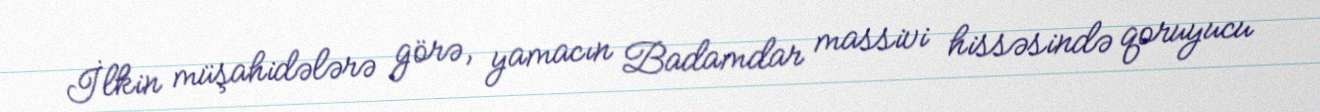
İlkin müşahidələrə görə, yamacın Badamdar massivi hissəsində qoruyucu